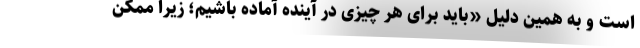
است و به همین دلیل «باید برای هر چیزی در آینده آماده باشیم؛ زیرا ممکن